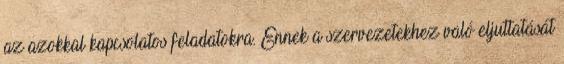
az azokkal kapcsolatos feladatokra. Ennek a szervezetekhez való eljuttatását